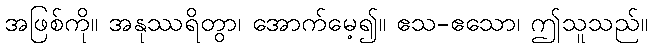
အဖြစ်ကို။ အနုဿရိတွာ၊ အောက်မေ့၍။ ဧသ-ဧသော၊ ဤသူသည်။